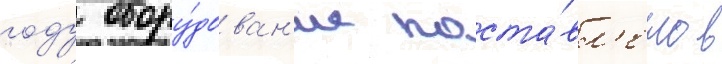
году обору́дован'ие поста́вл'ено в